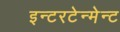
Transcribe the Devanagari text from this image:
इन्टरटेन्मेन्ट